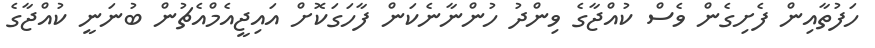
ހަފުތާއިން ފެށިގެން ވެސް ކުއްޖާގެ ވިންދު ހުންނާނެކަން ފާހަގަކޮށް އައިޖީއެމްއެޗުން ބުނަނީ ކުއްޖާގެ